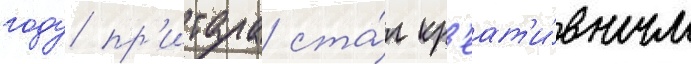
году пр'итула ста́л кр'еат'и́вным